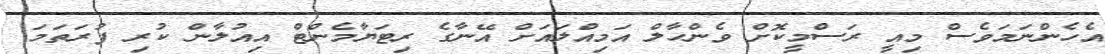
އެހެންނަމަވެސް މިއީ ރަސްމީކޮށް ވެންހާލް އަމިއްލައަށް އޭނާގެ ރިޓަޔާމެންޓް އިއުލާން ކުރި ފުރަތަމަ